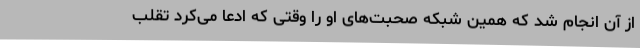
از آن انجام شد که همین شبکه صحبت‌های او را وقتی که ادعا می‌کرد تقلب